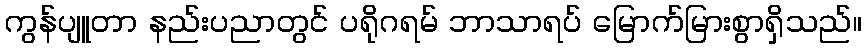
ကွန်ပျူတာ နည်းပညာတွင် ပရိုဂရမ် ဘာသာရပ် မြောက်မြားစွာရှိသည်။